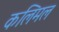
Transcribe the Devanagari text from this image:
कलिमल